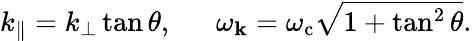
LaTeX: \begin{array}{r}{k_{\parallel}=k_{\perp}\tan\theta,~~~~~~\omega_{\mathbf{k}}=\omega_{\mathrm{c}}\sqrt{1+\tan^{2}\theta}.}\end{array}